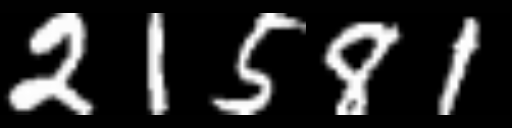
Text: 21581